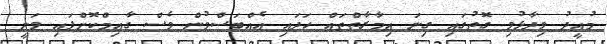
މުއީދު ވިދާޅުވި ގޮތުގައި ގިނަ އިމާރާތްތައް ހަދައި އެއްބަސްވުން ވެސް ގާއިމްކޮށްފައި ވަނީ